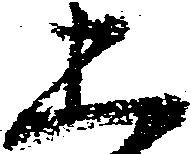
五